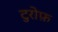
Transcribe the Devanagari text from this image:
टुरोफ़